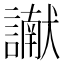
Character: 𮘾